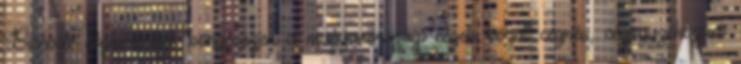
Bisnode cégkeresőjét, böngésszen a magyarországi cégek között cégnév, cégjegyzékszám